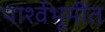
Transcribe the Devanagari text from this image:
पार्श्वभूमींत